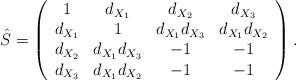
LaTeX: \begin{align*}\hat{S}=\left( \begin{array}{cccc} 1 & d_{X_1} & d_{X_2} & d_{X_3}\\ d_{X_1} & 1 & d_{X_1}d_{X_3} & d_{X_1}d_{X_2} \\ d_{X_2} & d_{X_1}d_{X_3} & -1 & -1 \\ d_{X_3}& d_{X_1}d_{X_2} & -1 & -1 \\ \end{array} \right).\end{align*}